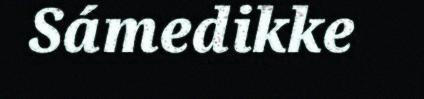
Sámedikke